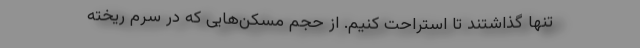
تنها گذاشتند تا استراحت کنیم. از حجم مسکّن‌هایی که در سِرُم ریخته